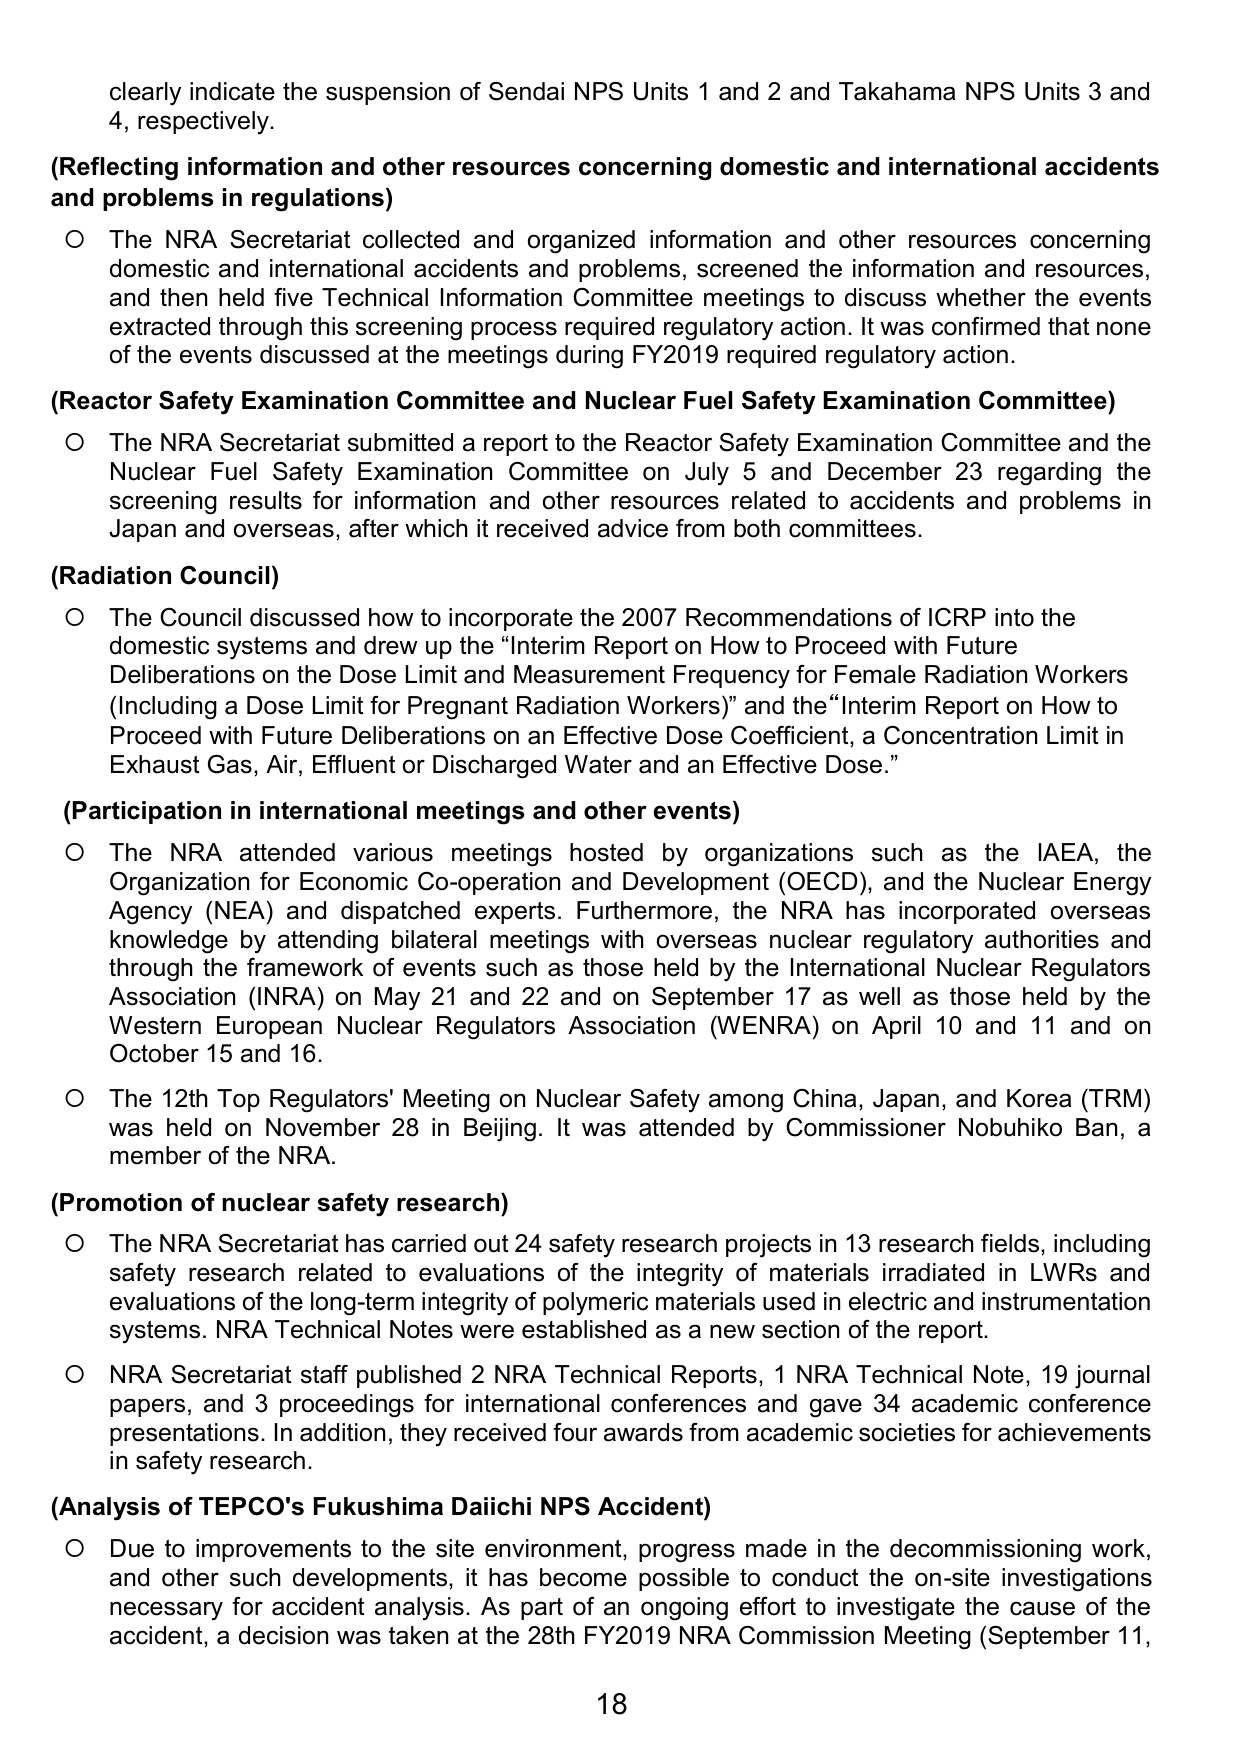
clearly indicate the suspension of Sendai NPS Units 1 and 2 and Takahama NPS Units 3 and 4, respectively.

(Reflecting information and other resources concerning domestic and international accidents and problems in regulations)
○ The NRA Secretariat collected and organized information and other resources concerning domestic and international accidents and problems, screened the information and resources, and then held five Technical Information Committee meetings to discuss whether the events extracted through this screening process required regulatory action. It was confirmed that none of the events discussed at the meetings during FY2019 required regulatory action.

(Reactor Safety Examination Committee and Nuclear Fuel Safety Examination Committee)
○ The NRA Secretariat submitted a report to the Reactor Safety Examination Committee and the Nuclear Fuel Safety Examination Committee on July 5 and December 23 regarding the screening results for information and other resources related to accidents and problems in Japan and overseas, after which it received advice from both committees.

(Radiation Council)
○ The Council discussed how to incorporate the 2007 Recommendations of ICRP into the domestic systems and drew up the “Interim Report on How to Proceed with Future Deliberations on the Dose Limit and Measurement Frequency for Female Radiation Workers (Including a Dose Limit for Pregnant Radiation Workers)” and the “Interim Report on How to Proceed with Future Deliberations on an Effective Dose Coefficient, a Concentration Limit in Exhaust Gas, Air, Effluent or Discharged Water and an Effective Dose.”

(Participation in international meetings and other events)
○ The NRA attended various meetings hosted by organizations such as the IAEA, the Organization for Economic Co-operation and Development (OECD), and the Nuclear Energy Agency (NEA) and dispatched experts. Furthermore, the NRA has incorporated overseas knowledge by attending bilateral meetings with overseas nuclear regulatory authorities and through the framework of events such as those held by the International Nuclear Regulators Association (INRA) on May 21 and 22 and on September 17 as well as those held by the Western European Nuclear Regulators Association (WENRA) on April 10 and 11 and on October 15 and 16.
○ The 12th Top Regulators' Meeting on Nuclear Safety among China, Japan, and Korea (TRM) was held on November 28 in Beijing. It was attended by Commissioner Nobuhiko Ban, a member of the NRA.

(Promotion of nuclear safety research)
○ The NRA Secretariat has carried out 24 safety research projects in 13 research fields, including safety research related to evaluations of the integrity of materials irradiated in LWRs and evaluations of the long-term integrity of polymeric materials used in electric and instrumentation systems. NRA Technical Notes were established as a new section of the report.
○ NRA Secretariat staff published 2 NRA Technical Reports, 1 NRA Technical Note, 19 journal papers, and 3 proceedings for international conferences and gave 34 academic conference presentations. In addition, they received four awards from academic societies for achievements in safety research.

(Analysis of TEPCO’s Fukushima Daiichi NPS Accident)
○ Due to improvements to the site environment, progress made in the decommissioning work, and other such developments, it has become possible to conduct the on-site investigations necessary for accident analysis. As part of an ongoing effort to investigate the cause of the accident, a decision was taken at the 28th FY2019 NRA Commission Meeting (September 11,

18